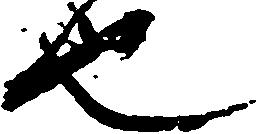
也